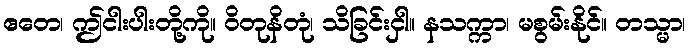
ဧတေ၊ ဤငါးပါးတို့ကို။ ဝိတုနိတုံ၊ သိခြင်းငှါ။ နသက္ကာ၊ မစွမ်းနိုင်။ တသ္မာ၊